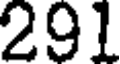
291